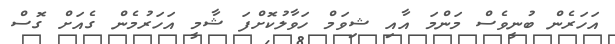
އަހަރެން ބުނީވެސް މަންމަ އާއި ޝިވަމް ހަވާލުކޮށްފަ ޝާމީ އަހަރުމެން ގެއަށް ގޮސް